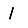
Digit: 1